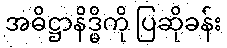
အဓိဋ္ဌာနိဒ္ဓိကို ပြဆိုခန်း